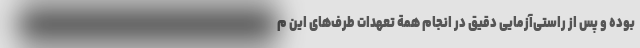
بوده و پس از راستی‌آزماییِ دقیق در انجام همة تعهدات طرف‌های این م